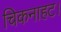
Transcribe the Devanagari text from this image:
चिकनाहट।